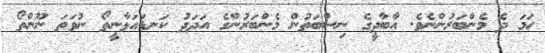
ހަމަ ދެ މެންބަރުންނެވެ. އާބާދީގެ ނިސްބަތުން މެންބަރުންގެ އަދަދު ކަނޑައަޅާނީތޯ ނުވަތަ ނޫންތޯ